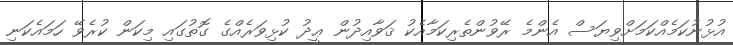
އުޅުނުކަމެއްކަމަށްވިޔަސް އެންމެ ރޭވުންތެރިކަމާއެކު ޤަވާއިދުން ޢީދު ކުޅިވަރެއްގެ ގޮތުގައި މިކަން ކުރެވޭ ހަމައެކަނި